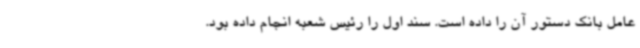
عامل بانک دستور آن را داده است. سند اول را رئیس شعبه انجام داده بود.